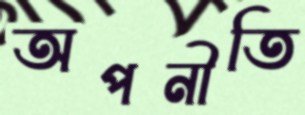
অপনীতি